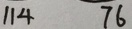
1 1 4 7 6